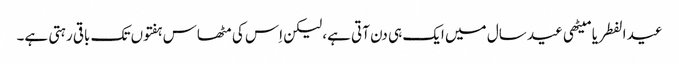
عید الفطر یا میٹھی عید سال میں ایک ہی دن آتی ہے، لیکن اِس کی مٹھاس ہفتوں تک باقی رہتی ہے۔